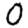
Digit: 0